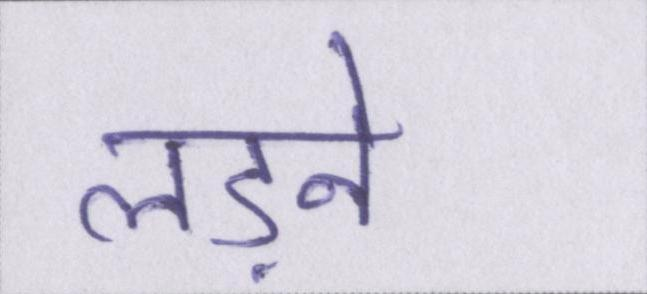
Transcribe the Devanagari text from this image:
लड़ने